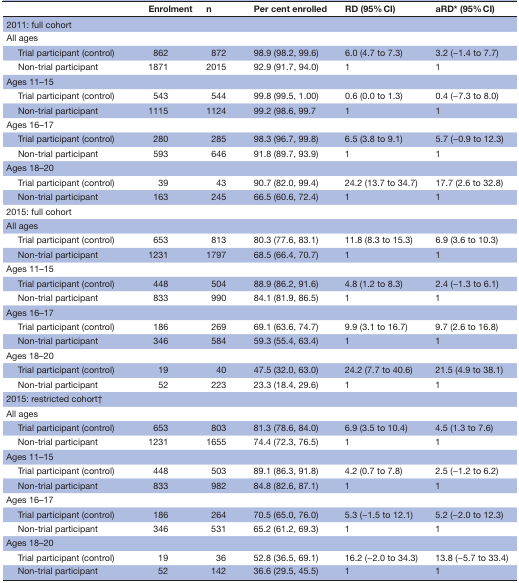
<table><thead><tr><td></td><td><b>Enrolment</b></td><td><b>n</b></td><td><b>Per cent enrolled</b></td><td><b>RD (95% CI)</b></td><td><b>aRD* (95% CI)</b></td></tr></thead><tbody><tr><td>2011: full cohort</td><td></td><td></td><td></td><td></td><td></td></tr><tr><td>All ages</td><td></td><td></td><td></td><td></td><td></td></tr><tr><td> Trial participant (control)</td><td>862</td><td>872</td><td>98.9 (98.2, 99.6)</td><td>6.0 (4.7 to 7.3)</td><td>3.2 (−1.4 to 7.7)</td></tr><tr><td> Non-trial participant</td><td>1871</td><td>2015</td><td>92.9 (91.7, 94.0)</td><td>1</td><td>1</td></tr><tr><td>Ages 11–15</td><td></td><td></td><td></td><td></td><td></td></tr><tr><td> Trial participant (control)</td><td>543</td><td>544</td><td>99.8 (99.5, 1.00)</td><td>0.6 (0.0 to 1.3)</td><td>0.4 (−7.3 to 8.0)</td></tr><tr><td> Non-trial participant</td><td>1115</td><td>1124</td><td>99.2 (98.6, 99.7</td><td>1</td><td>1</td></tr><tr><td>Ages 16–17</td><td></td><td></td><td></td><td></td><td></td></tr><tr><td> Trial participant (control)</td><td>280</td><td>285</td><td>98.3 (96.7, 99.8)</td><td>6.5 (3.8 to 9.1)</td><td>5.7 (−0.9 to 12.3)</td></tr><tr><td> Non-trial participant</td><td>593</td><td>646</td><td>91.8 (89.7, 93.9)</td><td>1</td><td>1</td></tr><tr><td>Ages 18–20</td><td></td><td></td><td></td><td></td><td></td></tr><tr><td> Trial participant (control)</td><td>39</td><td>43</td><td>90.7 (82.0, 99.4)</td><td>24.2 (13.7 to 34.7)</td><td>17.7 (2.6 to 32.8)</td></tr><tr><td> Non-trial participant</td><td>163</td><td>245</td><td>66.5 (60.6, 72.4)</td><td>1</td><td>1</td></tr><tr><td>2015: full cohort</td><td></td><td></td><td></td><td></td><td></td></tr><tr><td>All ages</td><td></td><td></td><td></td><td></td><td></td></tr><tr><td> Trial participant (control)</td><td>653</td><td>813</td><td>80.3 (77.6, 83.1)</td><td>11.8 (8.3 to 15.3)</td><td>6.9 (3.6 to 10.3)</td></tr><tr><td> Non-trial participant</td><td>1231</td><td>1797</td><td>68.5 (66.4, 70.7)</td><td>1</td><td>1</td></tr><tr><td>Ages 11–15</td><td></td><td></td><td></td><td></td><td></td></tr><tr><td> Trial participant (control)</td><td>448</td><td>504</td><td>88.9 (86.2, 91.6)</td><td>4.8 (1.2 to 8.3)</td><td>2.4 (−1.3 to 6.1)</td></tr><tr><td> Non-trial participant</td><td>833</td><td>990</td><td>84.1 (81.9, 86.5)</td><td>1</td><td>1</td></tr><tr><td>Ages 16–17</td><td></td><td></td><td></td><td></td><td></td></tr><tr><td> Trial participant (control)</td><td>186</td><td>269</td><td>69.1 (63.6, 74.7)</td><td>9.9 (3.1 to 16.7)</td><td>9.7 (2.6 to 16.8)</td></tr><tr><td> Non-trial participant</td><td>346</td><td>584</td><td>59.3 (55.4, 63.4)</td><td>1</td><td>1</td></tr><tr><td>Ages 18–20</td><td></td><td></td><td></td><td></td><td></td></tr><tr><td> Trial participant (control)</td><td>19</td><td>40</td><td>47.5 (32.0, 63.0)</td><td>24.2 (7.7 to 40.6)</td><td>21.5 (4.9 to 38.1)</td></tr><tr><td> Non-trial participant</td><td>52</td><td>223</td><td>23.3 (18.4, 29.6)</td><td>1</td><td>1</td></tr><tr><td>2015: restricted cohort†</td><td></td><td></td><td></td><td></td><td></td></tr><tr><td>All ages</td><td></td><td></td><td></td><td></td><td></td></tr><tr><td> Trial participant (control)</td><td>653</td><td>803</td><td>81.3 (78.6, 84.0)</td><td>6.9 (3.5 to 10.4)</td><td>4.5 (1.3 to 7.6)</td></tr><tr><td> Non-trial participant</td><td>1231</td><td>1655</td><td>74.4 (72.3, 76.5)</td><td>1</td><td>1</td></tr><tr><td>Ages 11–15</td><td></td><td></td><td></td><td></td><td></td></tr><tr><td> Trial participant (control)</td><td>448</td><td>503</td><td>89.1 (86.3, 91.8)</td><td>4.2 (0.7 to 7.8)</td><td>2.5 (−1.2 to 6.2)</td></tr><tr><td> Non-trial participant</td><td>833</td><td>982</td><td>84.8 (82.6, 87.1)</td><td>1</td><td>1</td></tr><tr><td>Ages 16–17</td><td></td><td></td><td></td><td></td><td></td></tr><tr><td> Trial participant (control)</td><td>186</td><td>264</td><td>70.5 (65.0, 76.0)</td><td>5.3 (−1.5 to 12.1)</td><td>5.2 (−2.0 to 12.3)</td></tr><tr><td> Non-trial participant</td><td>346</td><td>531</td><td>65.2 (61.2, 69.3)</td><td>1</td><td>1</td></tr><tr><td>Ages 18–20</td><td></td><td></td><td></td><td></td><td></td></tr><tr><td> Trial participant (control)</td><td>19</td><td>36</td><td>52.8 (36.5, 69.1)</td><td>16.2 (−2.0 to 34.3)</td><td>13.8 (−5.7 to 33.4)</td></tr><tr><td> Non-trial participant</td><td>52</td><td>142</td><td>36.6 (29.5, 45.5)</td><td>1</td><td>1</td></tr></tbody></table>